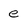
Character: e